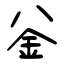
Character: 釡